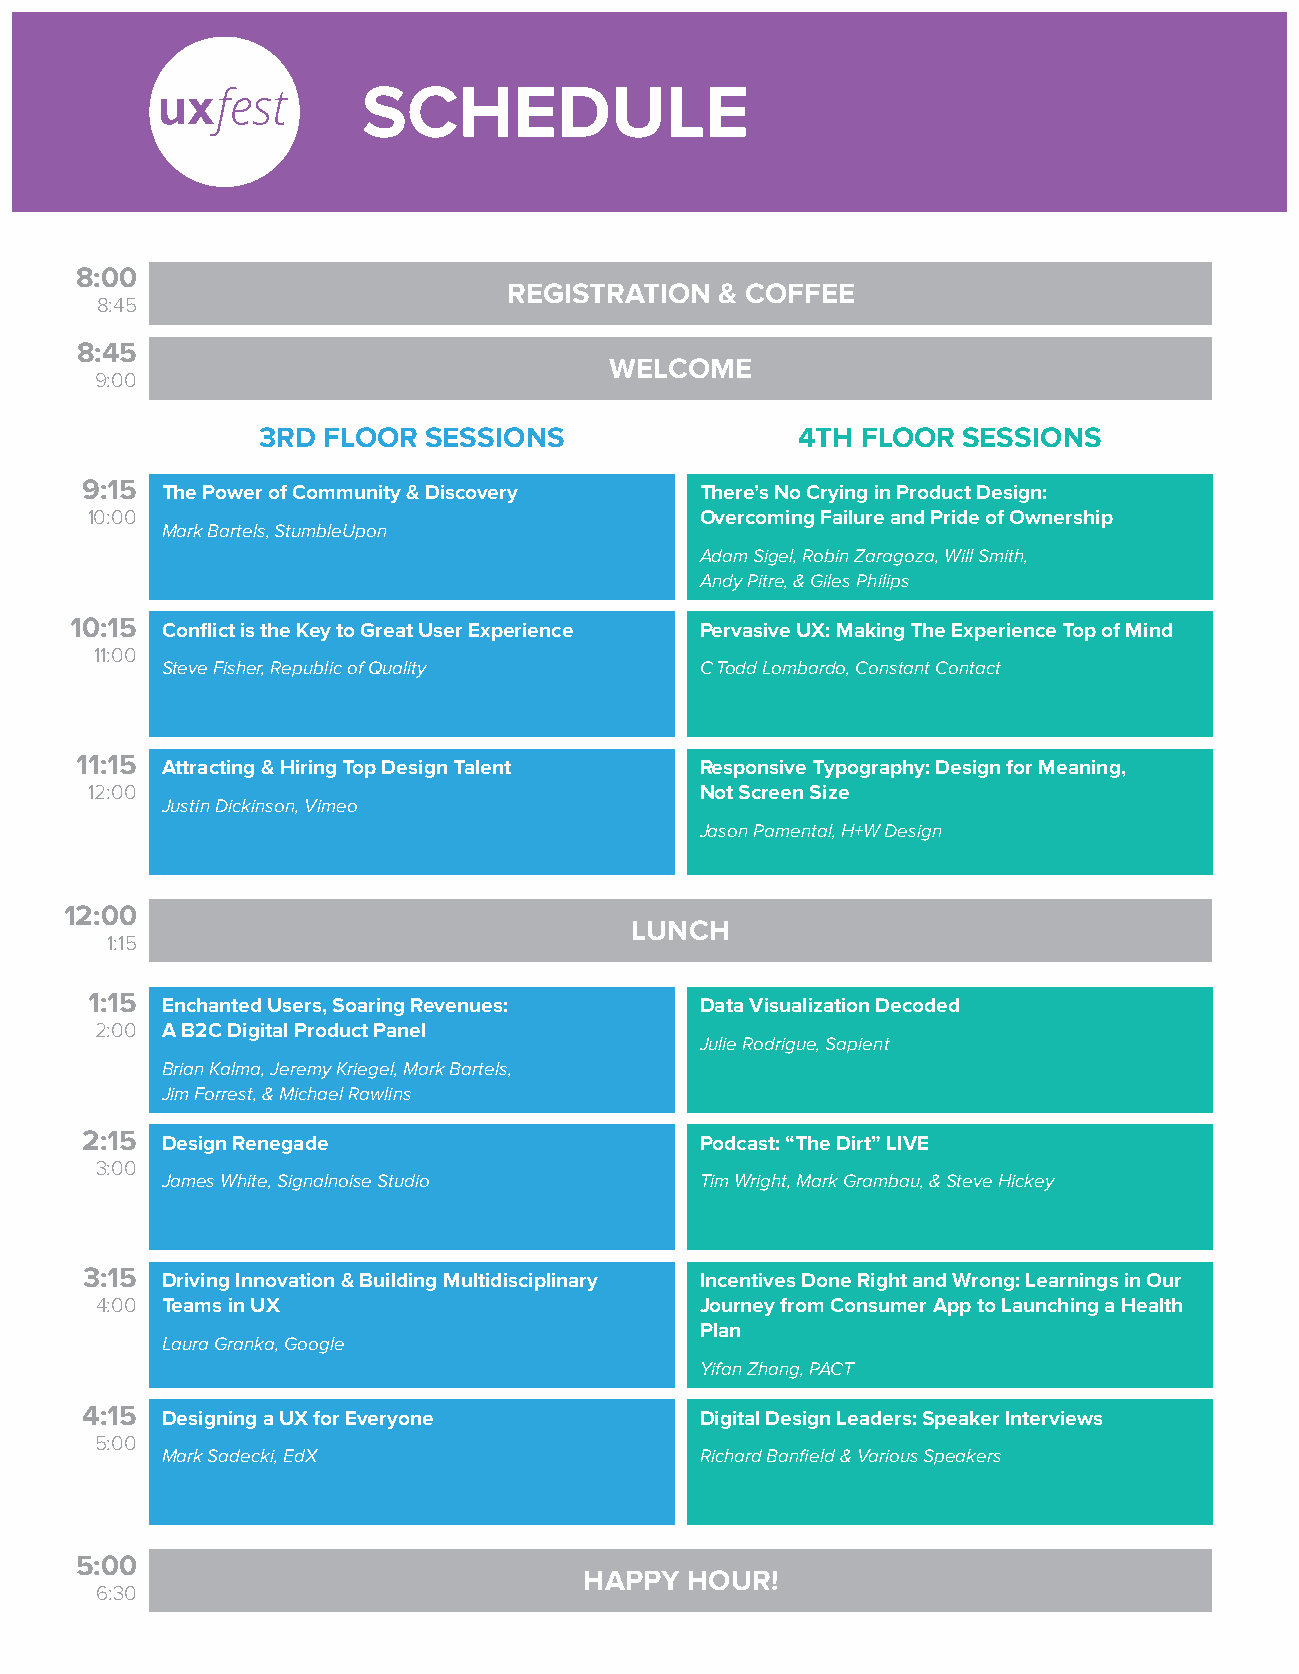
SCHEDULE
 8:00
 REGISTRATION  & COFFEE
 8:45
 8:45
 WELCOME
 9:00
 3RD FLOOR  SESSIONS                 4TH FLOOR  SESSIONS
 9:15  The Power of Community & Discovery There’s No Crying in Product Design:
 10:00                                   Overcoming Failure and Pride of Ownership
 Mark Bartels, StumbleUpon
 Adam Sigel, Robin Zaragoza, Will Smith,
 Andy Pitre, & Giles Philips
 10:15 Conflict is the Key to Great User Experience Pervasive UX: Making The Experience Top of Mind
 11:00
 Steve Fisher, Republic of Quality  C Todd Lombardo, Constant Contact
 11:15 Attracting & Hiring Top Design Talent Responsive Typography: Design for Meaning,
 12:00                                   Not Screen Size
 Justin Dickinson, Vimeo
 Jason Pamental, H+W Design
 12:00
 LUNCH
 1:15
 1:15 Enchanted Users, Soaring Revenues: Data Visualization Decoded
 2:00 A B2C Digital Product Panel
 Julie Rodrigue, Sapient
 Brian Kalma, Jeremy Kriegel, Mark Bartels,
 Jim Forrest, & Michael Rawlins
 2:15  Design Renegade                    Podcast: “The Dirt” LIVE
 3:00
 James White, Signalnoise Studio    Tim Wright, Mark Grambau, & Steve Hickey
 3:15  Driving Innovation & Building Multidisciplinary Incentives Done Right and Wrong: Learnings in Our
 4:00 Teams in UX                        Journey from Consumer App to Launching a Health
 Plan
 Laura Granka, Google
 Yifan Zhang, PACT
 4:15  Designing a UX for Everyone        Digital Design Leaders: Speaker Interviews
 5:00
 Mark Sadecki, EdX                  Richard Banfield & Various Speakers
 5:00
 HAPPY HOUR!
 6:30